Report on vaccination in Madras 1877-1894 - 1877-1894
Year: 1877
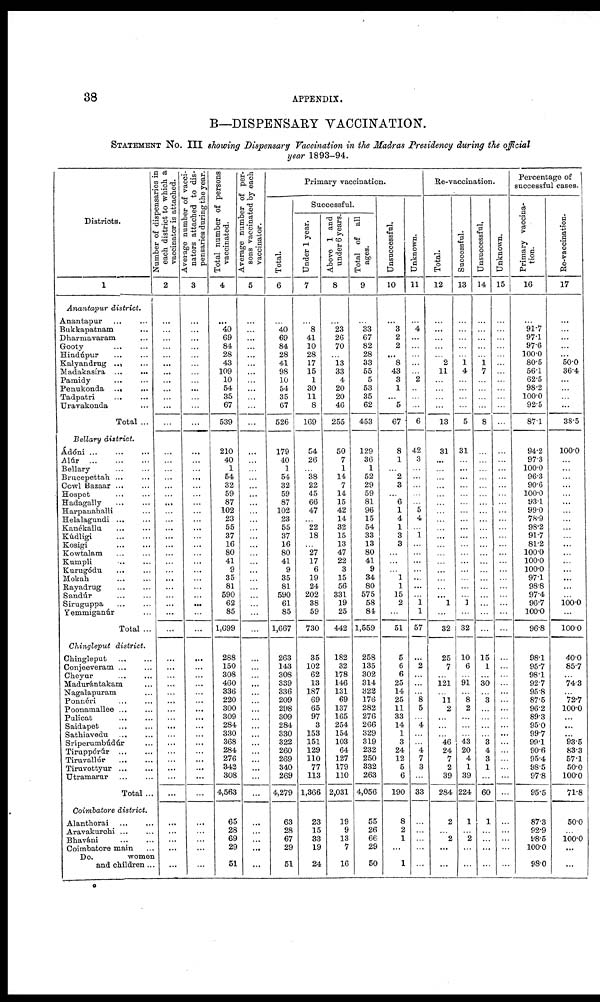
38
APPENDIX.
B—DISPENSARY VACCINATION.
STATEMENT NO. III showing Dispensary Vaccination in the Madras Presidency during the official
year 1893-94.
Districts.
1
Anantapur district.
Anantapur ... ...
Bukkapatnam ...
Dharmavaram ...
Gooty
...
...
Hindúpur
...
...
Kalyandrug ... ...
Madakasíra
...
...
Pamidy
...
...
Penukonda ...
...
Tadpatri
...
...
Uravakonda ...
Total ...
Bellary district.
Ádóni
...
...
...
Alúr
...
...
...
Bellary ... ...
Brucepettah ... ...
Cowl Bazaar ... ...
Hospet ... ...
Hadagally ... ...
Harpanahalli ...
Helalagundi
...
...
Kanékallu ... ...
Kúdligi
...
...
Kosigi
...
...
Kowtalam ... ...
Kumpli ... ...
Kurugódu
...
...
Mokah ... ...
Rayadrug
...
...
Sandúr ... ...
Siruguppa
...
...
Yemmiganúr ... ...
Total ...
Chingleput district.
Chingleput
...
...
Conjeeveram ... ...
Cheyur ... ...
Madurántakam ...
Nagalapuram ...
Ponnéri
...
...
Poonamallee ... ...
Pulicat
...
...
Saidapet
...
...
Sathiavedu
...
...
Sríperumbúdúr ...
Tiruppórúr
...
...
Tiruvallúr
...
...
Tiruvottyur
...
...
Utramarur
...
...
Total ...
Coimbatore district.
Alanthorai
...
...
Aravakurohi ... ...
Bhaváni
...
...
Coimbatore main ...
Do.
women
and children ...
Number of dispensaries in
each district to which a
vaccinator is attached.
2
...
...
...
...
...
...
...
...
...
...
...
...
...
...
...
...
...
...
...
...
...
...
...
...
...
...
...
...
...
...
...
...
...
...
...
...
...
...
...
...
...
...
...
...
...
...
...
...
...
...
...
...
...
...
Average number of vacci¬
nators attached to dis-
pensaries during the year.
3
...
...
...
...
...
...
...
...
...
...
...
...
...
...
...
...
...
...
...
...
...
...
...
...
...
...
...
...
...
...
...
...
...
...
...
...
...
...
...
...
...
...
...
...
...
...
...
...
...
...
...
...
...
...
Total number of persons
vaccinated.
4
...
40
69
84
28
43
109
10
54
35
67
539
210
40
1
54
32
59
87
102
23
55
37
16
80
41
9
35
81
590
62
85
1,699
288
150
308
460
336
220
300
309
284
330
368
284
276
342
308
4,563
65
28
69
29
51
Average number of per-
sons vaccinated by each
vaccinator.
5
...
...
...
...
...
...
...
...
...
...
...
...
...
...
...
...
...
...
...
...
...
...
...
...
...
...
...
...
...
...
...
...
...
...
...
...
...
...
...
...
...
...
...
...
...
...
...
...
...
...
...
...
...
Primary vaccination.
Total.
6
...
40
69
84
28
41
98
10
54
35
67
526
179
40
1
54
32
59
87
102
23
55
37
16
80
41
9
35
81
590
61
85
1,667
263
143
308
339
336
209
298
309
284
330
322
260
269
340
269
4,279
63
28
67
29
51
Successful.
Under 1 year.
7
...
8
41
10
28
17
15
1
30
11
8
169
54
26
...
38
22
45
66
47
...
22
18
...
27
17
6
19
24
202
38
59
730
35
102
62
13
187
69
65
97
3
153
151
129
110
77
113
1,366
23
15
33
19
24
Above 1 and
under 6 years.
8
...
23
26
70
...
13
33
4
20
20
46
255
50
7
1
14
7
14
15
42
14
32
15
13
47
22
3
15
56
331
19
25
442
182
32
178
146
131
69
137
165
254
154
103
64
127
179
110
2,031
19
9
13
7
16
Total of all
ages.
9
...
33
67
82
28
33
55
5
53
35
62
453
129
36
1
52
29
59
81
96
15
54
33
13
80
41
9
34
80
575
58
84
1,559
258
135
302
314
322
176
282
276
266
329
319
232
250
332
263
4,056
55
26
66
29
50
Unsuccessful.
10
...
3
2
2
...
8
43
3
1
...
5
67
8
1
...
2
3
...
6
1
4
1
3
3
...
...
...
1
1
15
2
...
51
5
6
6
25
14
25
11
33
14
1
3
24
12
5
6
190
8
2
1
...
1
Unknown.
11
...
4
...
...
...
...
...
2
...
...
...
6
42
3
...
...
...
...
...
5
4
...
1
...
...
...
...
...
...
...
1 1
57
...
2
...
...
...
...
5
...
4
...
...
4
7
3
...
33
...
...
...
...
...
Re-vaccination.
Total.
12
...
...
...
...
...
2
11
...
...
...
...
13
31
...
...
...
...
...
...
...
...
...
...
...
...
...
...
...
...
...
1
...
32
25
7
...
121
...
11
2
...
...
...
46
24
7
2
39
284
2
...
2
...
...
Successful.
13
...
...
...
...
...
1 4
...
...
...
...
5
31
...
...
...
...
...
...
...
...
...
...
...
...
...
...
...
...
...
1
...
32
10
6
...
91
...
8
2
...
...
...
43
20
4
1
39
224
1
...
2
...
...
Unsuccessful.
14
...
...
...
...
...
1
7
...
...
...
...
8
...
...
...
...
...
...
...
...
...
...
...
...
...
...
...
...
...
...
...
...
...
15
1
...
30
...
3
...
...
...
...
3
4
3
1
...
60
1
...
...
...
...
Unknown.
15
...
...
...
...
...
...
...
...
...
...
...
...
...
...
...
...
...
...
...
...
...
...
...
...
...
...
...
...
...
...
...
...
...
...
...
...
...
...
...
...
...
...
...
...
...
...
...
...
...
...
...
...
...
...
Percentage of
successful cases.
Primary vaccina-
tion.
16
...
91.7
97.1
97.6
100.0
80.5
56.1
62.5
98.2
100.0
92.5
87.1
94.2
97.3
100.0
96.3
90.6
100.0
93.1
99.0
78.9
98.2
91.7
81.2
100.0
100.0
100.0
97.1
98.8
97.4
96.7
100.0
96.8
98.1
95.7
98.1
92.7
95.8
87.5
96.2
89.3
95.0
99.7
99.1
90.6
95.4
98.5
97.8
95.5
87.3
92.9
98.5
100.0
98.0
Re-vaccination.
17
...
...
...
...
...
50.0
36.4
...
...
...
...
38.5
100.0
...
...
...
...
...
...
...
...
...
...
...
...
...
...
...
...
...
100.0
...
100.0
40.0
85.7
...
74.3
...
72.7
100.0
...
...
...
93.5
83.3
57.1
50.0
100.0
71.8
50.0
...
100.0
...
...